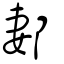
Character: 郪